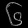
Digit: ၆